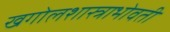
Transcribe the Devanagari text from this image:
खगोलशास्त्राभोवती